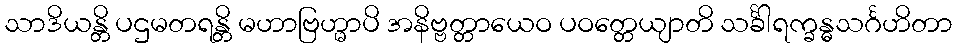
သာဒိယန္တိ ပဌမတရန္တိ မဟာဗြဟ္မာပိ အနိဗ္ဗတ္တာယေဝ ပဝတ္တေယျာတိ သင်္ခါရက္ခန္ဓသင်္ဂဟိတာ